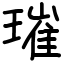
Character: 璀